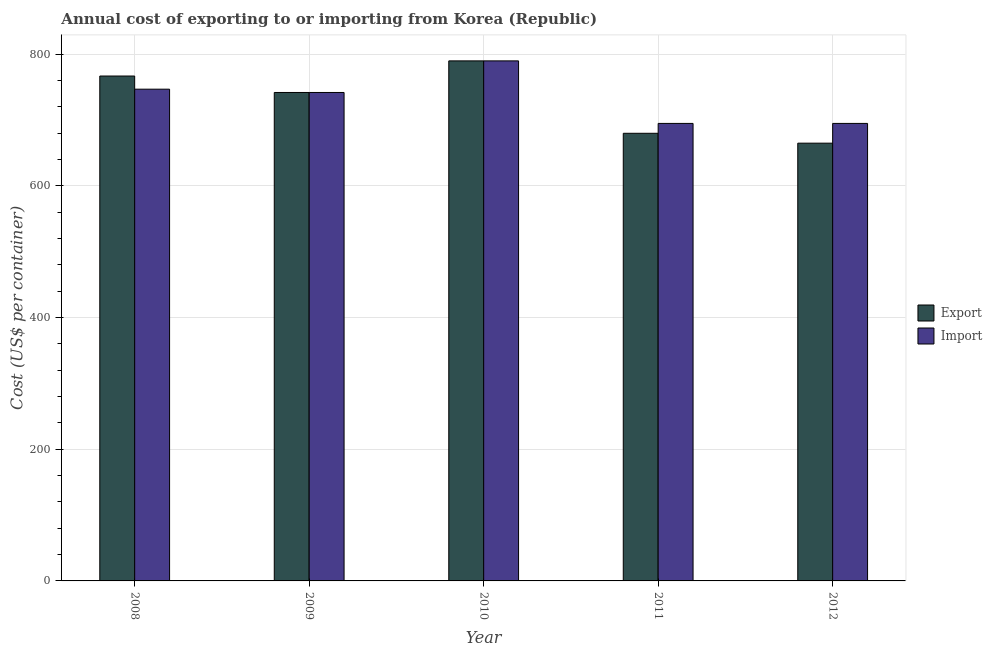
| Year | Export | Import |
 | --- | --- | --- |
 | 2008 | 767 | 747 |
 | 2009 | 742 | 742 |
 | 2010 | 790 | 790 |
 | 2011 | 680 | 695 |
 | 2012 | 665 | 695 |